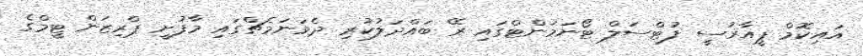
އައިކޮމް ޕީއާރުސީ ފުޓްސަލް ޓޯނަމަންޓްގައި ރޭ ބައްދަލުކުރި ދެވަނަމެޗްގައި މާފުށީ ޕްރިޒަން ޓީމްގެ